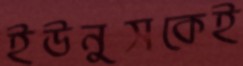
ইউনুসকেই